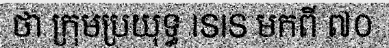
ថា ក្រុមប្រយុទ្ធ ISIS មកពី ៧០